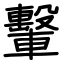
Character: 轚